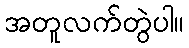
အတူလက်တွဲပါ။